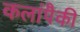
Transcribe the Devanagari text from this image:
कलांपैकी